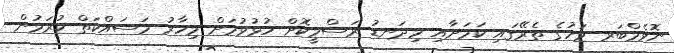
ނޮވެމްބަރ މަހުގެ ތެރޭގައި ކަމަށާއި މިދަނޑު ރަސްމީކޮށް ހުޅުވުމަށް މިހާރު މަސައްކަތް ކުރަމުން